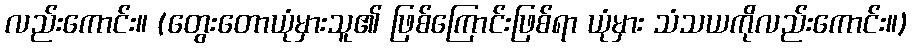
လည်းကောင်း။ (တွေးတောယုံမှားသူ၏ ဖြစ်ကြောင်းဖြစ်ရာ ယုံမှား သံသယကိုလည်းကောင်း။)